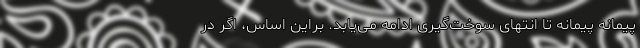
پیمانه پیمانه تا انتهای سوخت‌گیری ادامه می‌یابد. براین اساس، اگر در